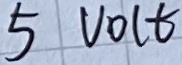
Text: 5VOLT